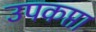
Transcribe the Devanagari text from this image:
उपकप्ता